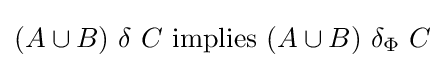
(A\cup B)\ \delta \ C\ {\mbox{implies}}\ (A\cup B)\ \delta _{\Phi }\ C